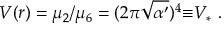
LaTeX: V ( r ) = \mu _ { 2 } / \mu _ { 6 } = ( 2 \pi \sqrt { \alpha ^ { \prime } } ) ^ { 4 } { \equiv } V _ { * } \ .